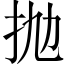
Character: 抛